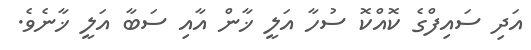
އަދި ސައިފްގެ ކޮއްކޮ ސުހާ އަލީ ޚާން އާއި ސަބާ އަލީ ޚާނެވެ.